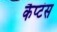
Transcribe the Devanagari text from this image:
कैप्‍टंस